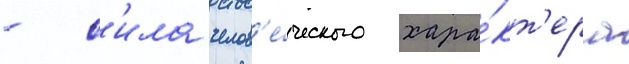
- с'ила челов'е́ческого хара́кт'ера